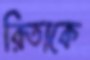
রিতাকে